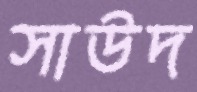
সাউদ